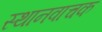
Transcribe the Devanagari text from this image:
स्थानवाचक